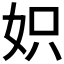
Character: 𡛰